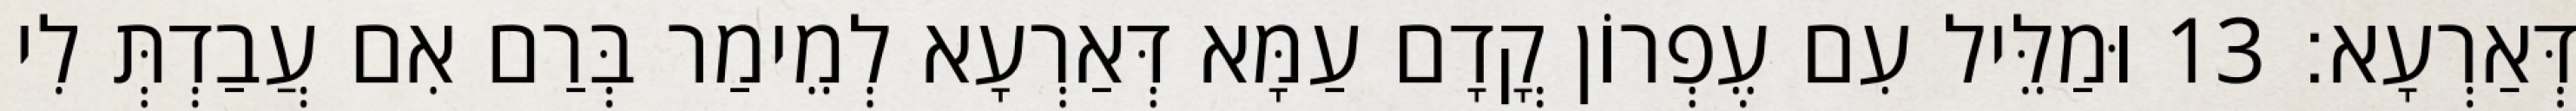
דְּאַרְעָא׃ 13 וּמַלֵּיל עִם עֶפְרוֹן קֳדָם עַמָּא דְּאַרְעָא לְמֵימַר בְּרַם אִם עֲבַדְתְּ לִי